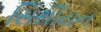
સિથીયન